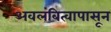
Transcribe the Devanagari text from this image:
अवलंबित्वापासून